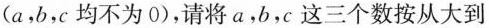
(a，b，c均不为0)，请将a，b，c这三个数按从大到